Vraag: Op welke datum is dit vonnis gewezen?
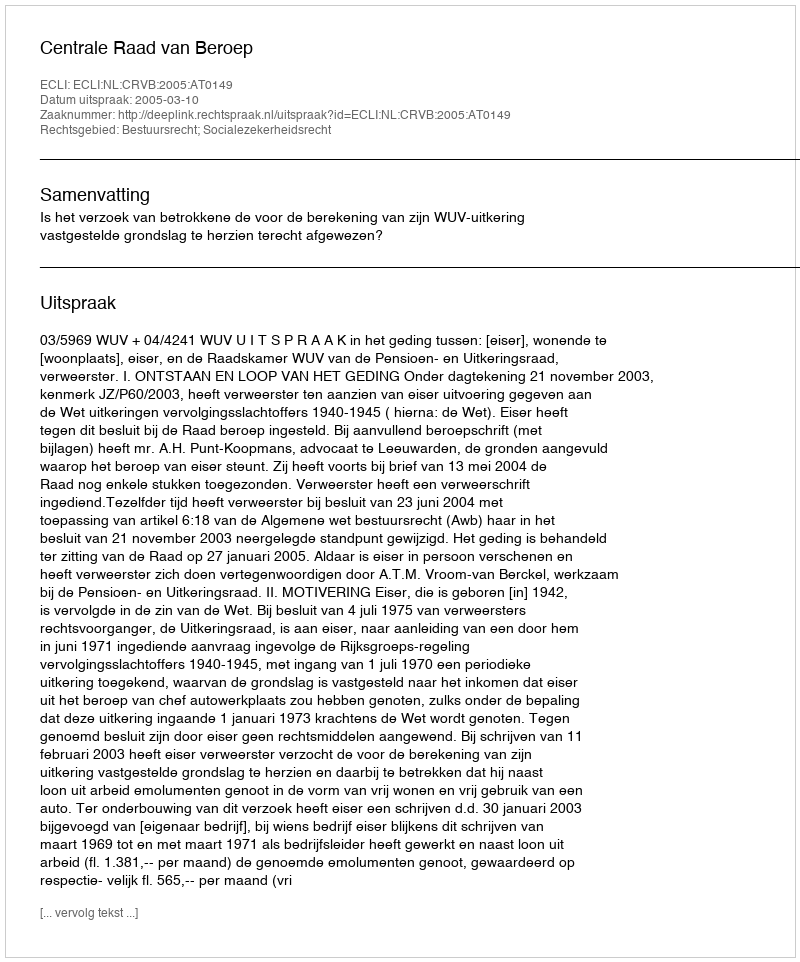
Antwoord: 2005-03-10